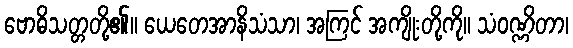
ဗောဓိသတ္တတို့၏။ ယေတေအာနိသံသာ၊ အကြင် အကျိုးတို့ကို။ သံဝဏ္ဏိတာ၊